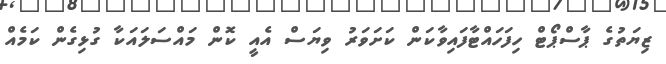
ޒިޔަތުގެ ޕާސްޕޯޓް ހިފަހައްޓާފައިވާކަން ކަށަވަރު ވިޔަސް އެއީ ކޮން މައްސަލައަކާ ގުޅިގެން ކަމެއް